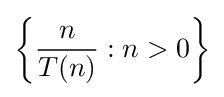
\left\{{\dfrac {n}{T(n)}}:n>0\right\}